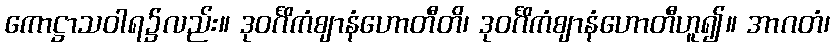
ကောဋ္ဌာသဝါရ၌လည်း။ ဒုဝင်္ဂိကံဈာနံဟောတီတိ၊ ဒုဝင်္ဂိကံဈာနံဟောတီဟူ၍။ အာဂတံ၊